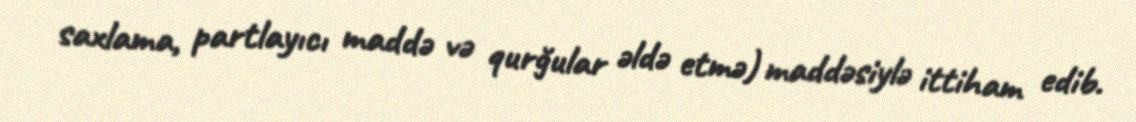
saxlama, partlayıcı maddə və qurğular əldə etmə) maddəsiylə ittiham edib.